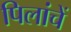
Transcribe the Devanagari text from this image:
पिलांचें